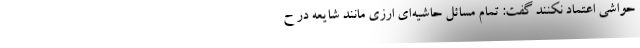
حواشی اعتماد نکنند گفت: تمام مسائل حاشیه‌ای ارزی مانند شایعه در ح